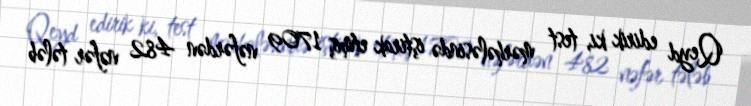
Qeyd edirik ki, test mərhələsində iştirak etmiş 1709 nəfərdən 482 nəfər tələb